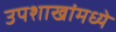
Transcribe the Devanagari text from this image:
उपशाखांमध्ये